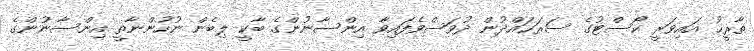
ތާރީޚު އައިވަރީ ކޯސްޓުގެ ސަރަޙައްދުން ދުވަސްވެފައިވާ އިންސާނުންގެ ބާކީ ލިބެން ނުހުންނާތީ އިންސާނުންގެ